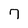
Character: 7